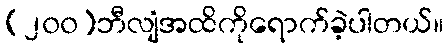
(၂၀၀)ဘီလျံအထိကိုရောက်ခဲ့ပါတယ်။